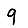
Digit: 9